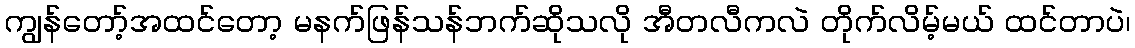
ကျွန်တော့်အထင်တော့ မနက်ဖြန်သန်ဘက်ဆိုသလို အီတလီကလဲ တိုက်လိမ့်မယ် ထင်တာပဲ၊